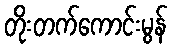
တိုးတက်ကောင်းမွန်